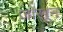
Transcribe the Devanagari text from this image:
जोखून